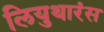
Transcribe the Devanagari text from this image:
लियुथारंस